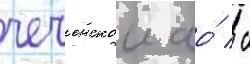
чеченскои ао́ / с